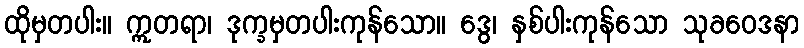
ထိုမှတပါး။ ဣတရာ၊ ဒုက္ခမှတပါးကုန်သော။ ဒွေ၊ နှစ်ပါးကုန်သော သုခဝေဒနာ